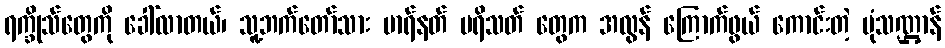
ရက္ခိုသ်တွေကို ခေါ်လာတယ်၊ သူ့ဘက်တော်သား မာရ်နတ် ပရိသတ် တွေက အလွန် ကြောက်ဖွယ် ကောင်းတဲ့ ပုံသဏ္ဌာန်